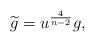
LaTeX: \begin{align*}\widetilde{g}=u^{\frac{4}{n-2}}g, \end{align*}